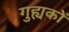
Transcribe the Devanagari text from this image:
गुह्यकों